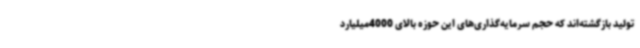
تولید بازگشته‌اند که حجم سرمایه‌گذاری‌های این حوزه بالای 4000میلیارد